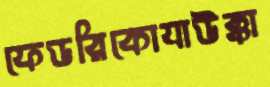
ফেডরিকোযাউক্কা